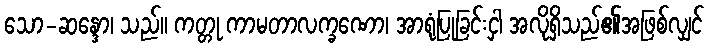
သော-ဆန္ဒော၊ သည်။ ကတ္တု ကာမတာလက္ခဏော၊ အာရုံပြုခြင်းငှါ အလိုရှိသည်၏အဖြစ်လျှင်